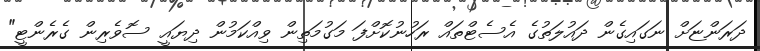
ދަރަންޏަށް ނަގައިގެން ދައުލަތުގެ އެސެޓްތައް ރަހުނުކޮށްފަ މަގުމަތިން ވިއްކަމުން ދިޔައީ ސޮވެރިން ގެރެންޓީ"